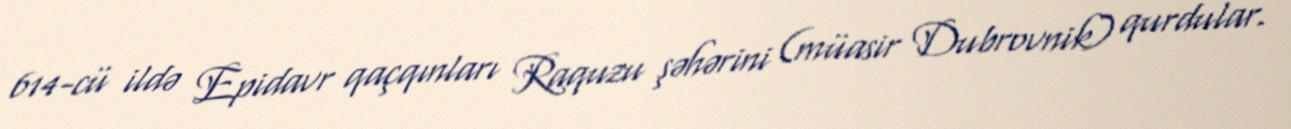
614-cü ildə Epidavr qaçqınları Raquzu şəhərini (müasir Dubrovnik) qurdular.